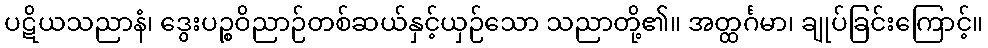
ပဋိယသညာနံ၊ ဒွေးပဉ္စဝိညာဉ်တစ်ဆယ်နှင့်ယှဉ်သော သညာတို့၏။ အတ္ထင်္ဂမာ၊ ချုပ်ခြင်းကြောင့်။